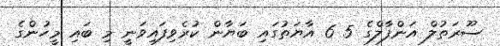
ސޫރަތުލް އަންފާލްގެ 5 6 އާޔަތުގައި ބަޔާން ކުރެވިފައިވަނީ މި ބައި މީހުންގެ